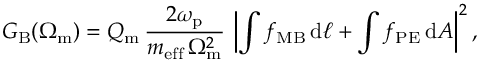
G _ { \mathrm { B } } ( \Omega _ { \mathrm { m } } ) = Q _ { \mathrm { m } } \, \frac { 2 \omega _ { \mathrm { p } } } { m _ { \mathrm { e f f } } \, \Omega _ { \mathrm { m } } ^ { 2 } } \, \left| \int f _ { \mathrm { M B } } \, \mathrm { d } \ell + \int f _ { \mathrm { P E } } \, \mathrm { d } A \right| ^ { 2 } ,